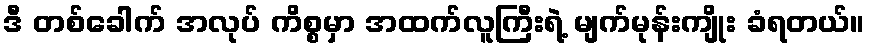
ဒီ တစ်ခေါက် အလုပ် ကိစ္စမှာ အထက်လူကြီးရဲ့ မျက်မုန်းကျိုး ခံရတယ်။